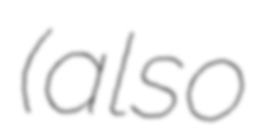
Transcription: (also